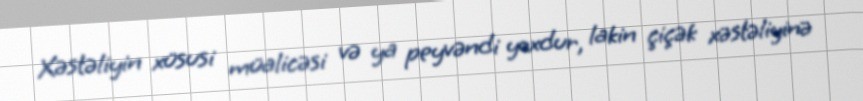
Xəstəliyin xüsusi müalicəsi və ya peyvəndi yoxdur, lakin çiçək xəstəliyinə